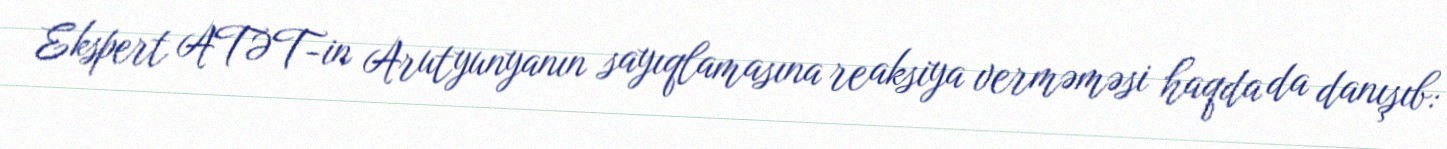
Ekspert ATƏT-in Arutyunyanın sayıqlamasına reaksiya verməməsi haqda da danışıb: